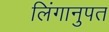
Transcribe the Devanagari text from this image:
लिंगानुपत